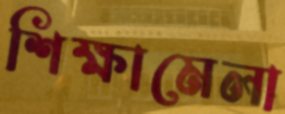
শিক্ষামেলা